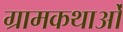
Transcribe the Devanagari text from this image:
ग्रामकथाओं